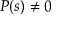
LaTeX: P ( s ) \neq 0